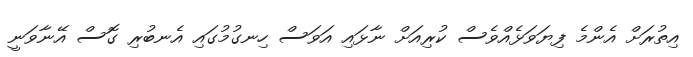
އިތުރަށް އެންމެ ފިޔަވަޅެއްވެސް ކުރިއަށް ނާޅައި އަވަސް ހިނގުމުގައި އެނބުރި ގޮސް އޭނާވަނީ